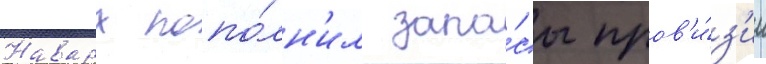
Наварх попо́лн'ил запа́сы пров'и́з'ии